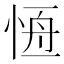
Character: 𢛢